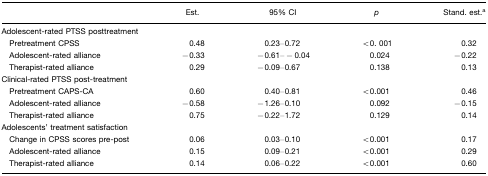
<table><thead><tr><td></td><td><b>Est.</b></td><td><b>95% CI</b></td><td><b><i>p</i></b></td><td><b>Stand. est.a</b></td></tr></thead><tbody><tr><td colspan="5">Adolescent-rated PTSS posttreatment</td></tr><tr><td> Pretreatment CPSS</td><td>0.48</td><td>0.23–0.72</td><td>&lt;0. 001</td><td>0.32</td></tr><tr><td> Adolescent-rated alliance</td><td>−0.33</td><td>−0.61−− 0.04</td><td>0.024</td><td>−0.22</td></tr><tr><td> Therapist-rated alliance</td><td>0.29</td><td>−0.09–0.67</td><td>0.138</td><td>0.13</td></tr><tr><td colspan="5">Clinical-rated PTSS post-treatment</td></tr><tr><td> Pretreatment CAPS-CA</td><td>0.60</td><td>0.40–0.81</td><td>&lt;0.001</td><td>0.46</td></tr><tr><td> Adolescent-rated alliance</td><td>−0.58</td><td>−1.26–0.10</td><td>0.092</td><td>−0.15</td></tr><tr><td> Therapist-rated alliance</td><td>0.75</td><td>−0.22–1.72</td><td>0.129</td><td>0.14</td></tr><tr><td colspan="5">Adolescents’ treatment satisfaction</td></tr><tr><td> Change in CPSS scores pre-post</td><td>0.06</td><td>0.03–0.10</td><td>&lt;0.001</td><td>0.17</td></tr><tr><td> Adolescent-rated alliance</td><td>0.15</td><td>0.09–0.21</td><td>&lt;0.001</td><td>0.29</td></tr><tr><td> Therapist-rated alliance</td><td>0.14</td><td>0.06–0.22</td><td>&lt;0.001</td><td>0.60</td></tr></tbody></table>